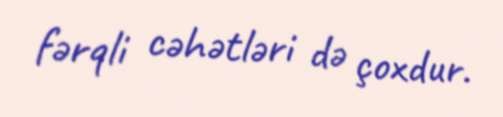
fərqli cəhətləri də çoxdur.